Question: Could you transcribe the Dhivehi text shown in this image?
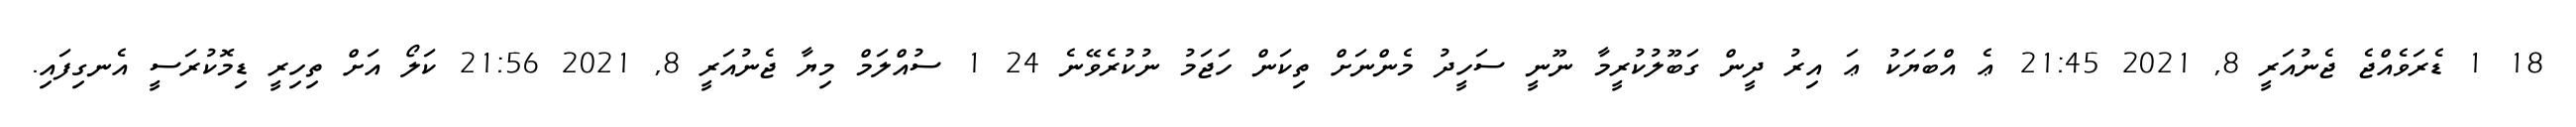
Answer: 18 1 ޑެރަވެއްޖެ ޖެނުއަރީ 8, 2021 21:45 ޢެ އްބަޔަކު ޢަ އިރު ދީން ގަބޫލުކުރީމާ ނޫނީ ސަހީދު މެންނަށް ތިކަން ހަޖަމު ނުކުރެވޭނެ 24 1 ސުއްލަމް މިޔާ ޖެނުއަރީ 8, 2021 21:56 ކަލޯ އަށް ތިހިރީ ޑިމޮކުރަސީ އެނގިފައި.